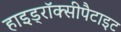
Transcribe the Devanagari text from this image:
हाइड्रॉक्सीपैटाइट